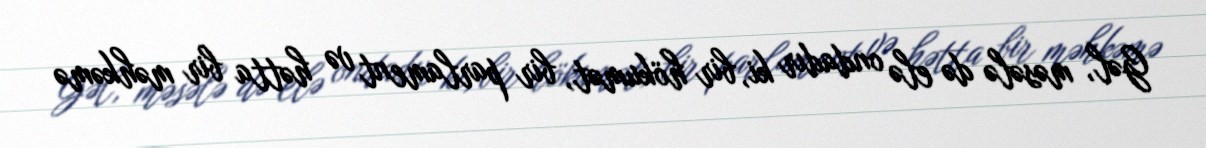
Gəl, məsələ də elə ondadır ki, bir hökumət, bir parlament və hətta bir məhkəmə